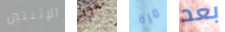
الإثنتين رده مرة بعد